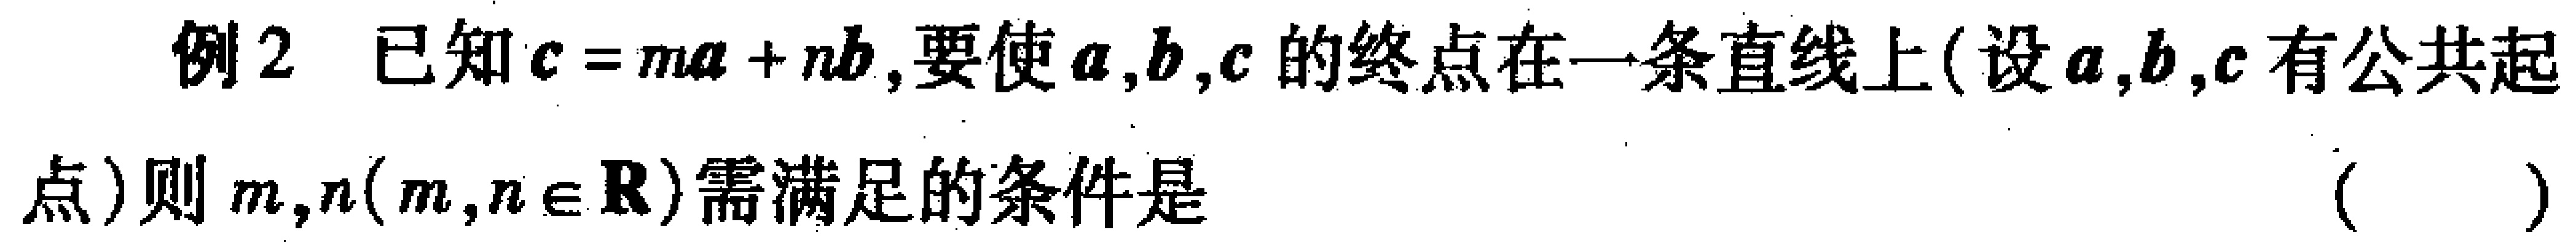
例2 已知\(c = ma+nb\),要使\(a,b,c\)的终点在一条直线上(设\(a,b,c\)有公共起
点)则\(m,n(m,n\in \mathbf{R})\)需满足的条件是 （  ）